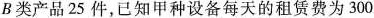
B类产品25件，已知甲种设备每天的租赁费为300